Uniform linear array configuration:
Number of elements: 64
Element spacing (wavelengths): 0.75
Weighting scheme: kaiser
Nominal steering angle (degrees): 60
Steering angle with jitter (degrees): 61.627
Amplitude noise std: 0.05
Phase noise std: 0.05

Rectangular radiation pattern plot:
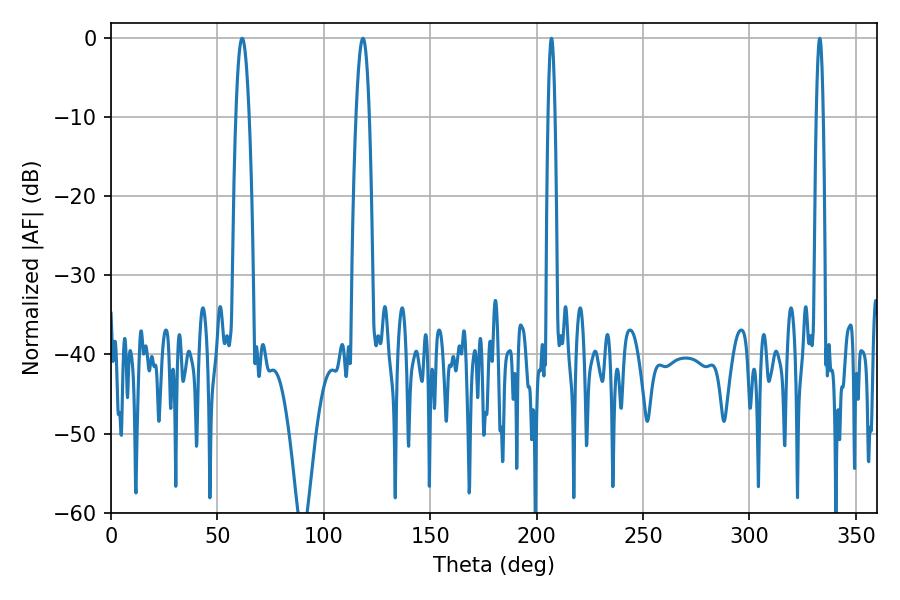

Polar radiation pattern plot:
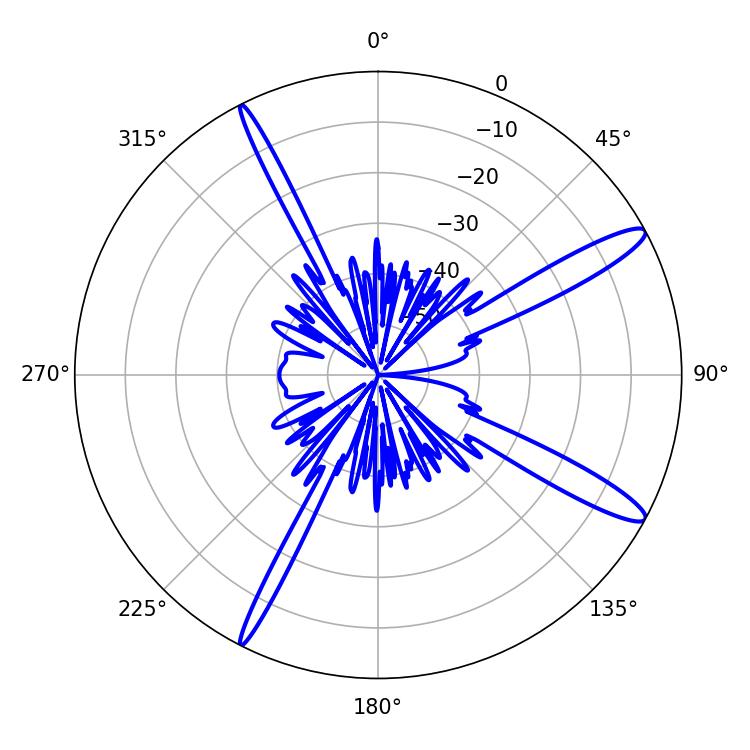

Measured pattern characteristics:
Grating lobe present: TRUE
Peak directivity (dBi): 13.783
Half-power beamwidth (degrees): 1.8
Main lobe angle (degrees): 207